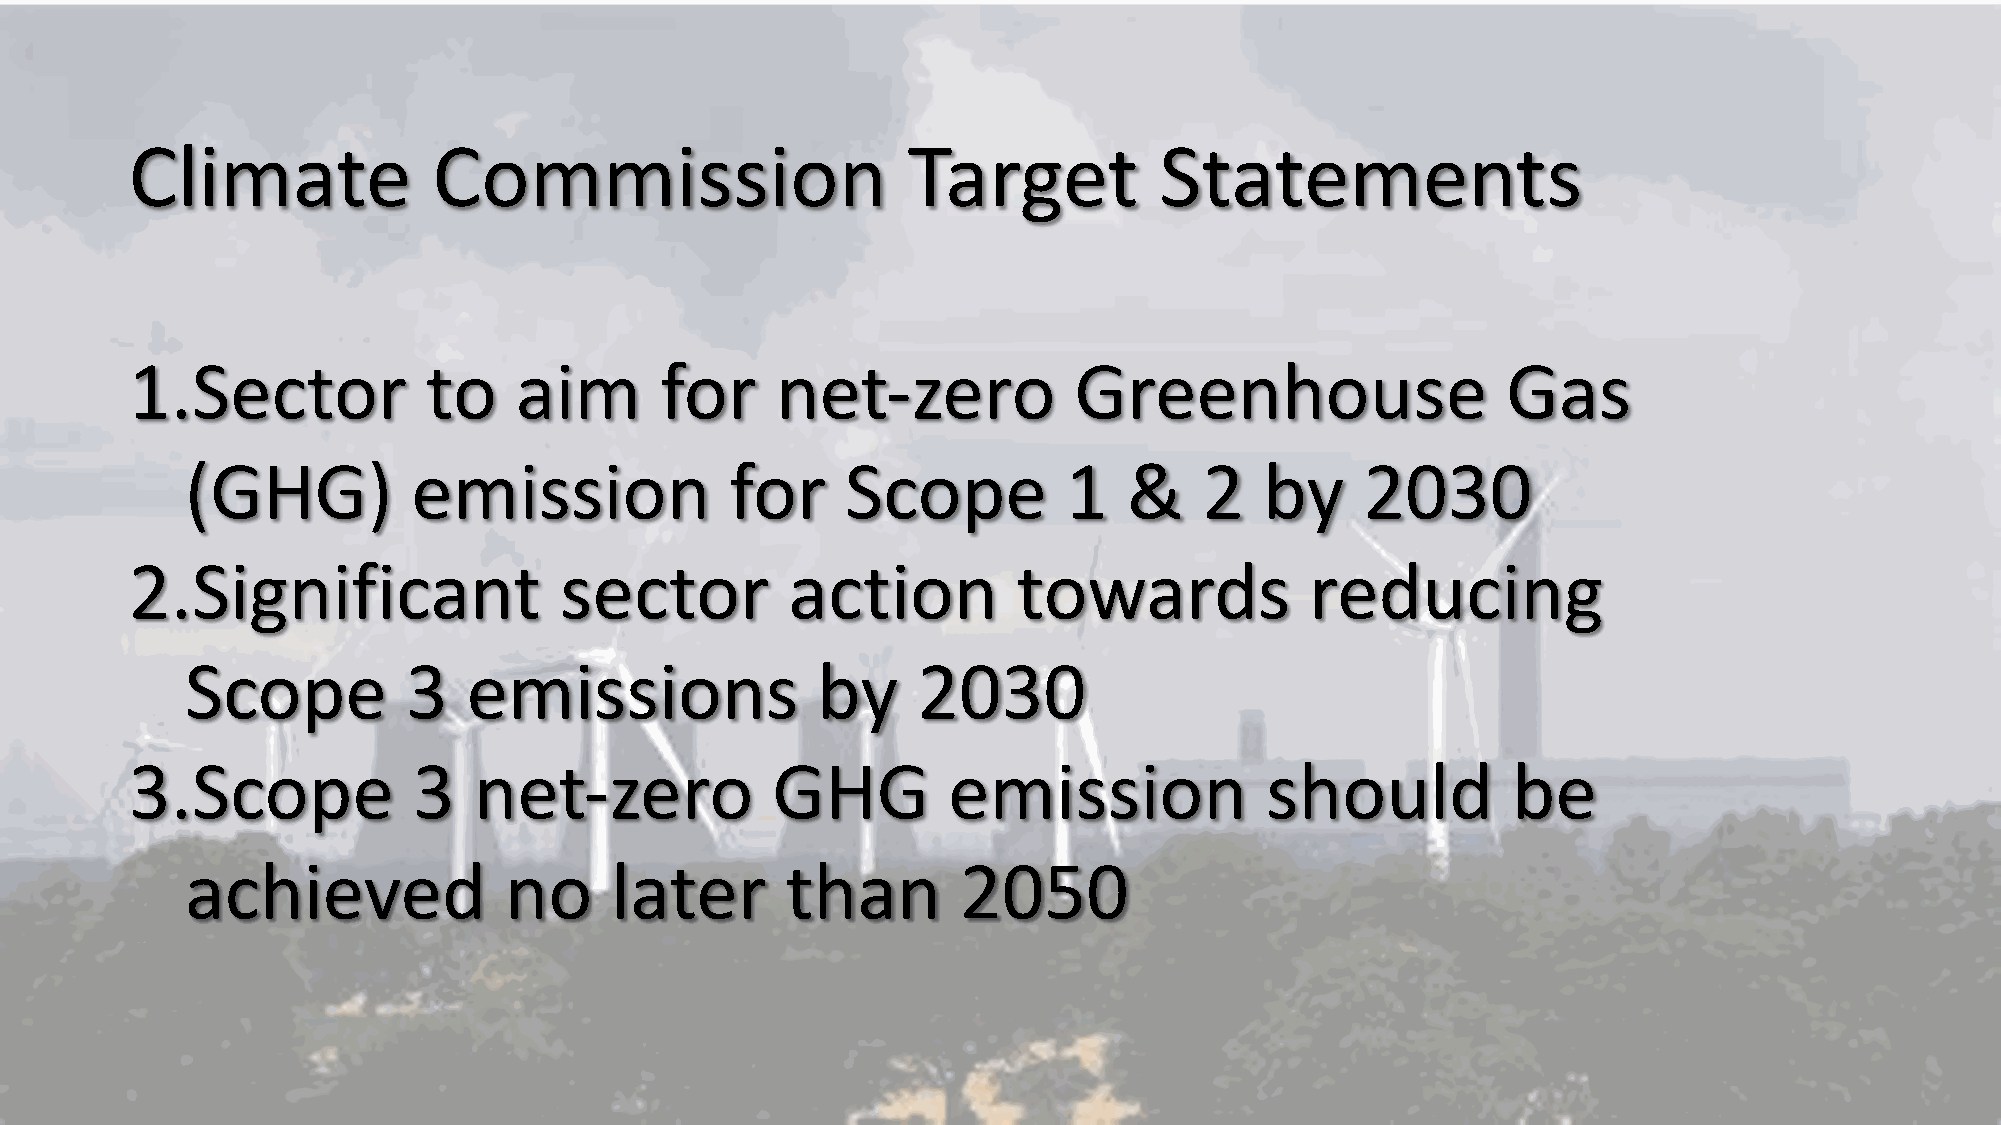
Climate             Commission                     Target           Statements
 1.Sector           to    aim       for    net-zero            Greenhouse                   Gas
 (GHG)          emission             for     Scope          1   &    2   by    2030
 2.Significant               sector         action         towards             reducing
 Scope          3   emissions              by     2030
 3.Scope           3   net-zero            GHG         emission             should          be
 achieved             no     later       than        2050